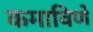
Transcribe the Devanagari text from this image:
कमाविणे